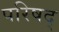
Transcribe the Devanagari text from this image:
परिषद्‍